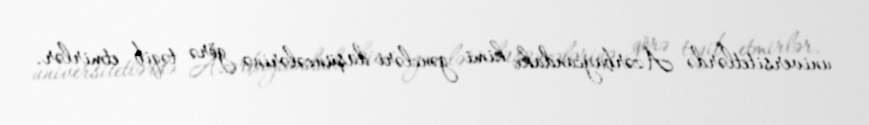
universitetlərdə Azərbaycandakı kimi gəncləri düşüncələrinə görə təqib etmirlər.